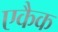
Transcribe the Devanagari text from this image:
एकैक